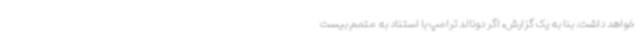
خواهد داشت. بنا به یک گزارش، اگر دونالد ترامپ با استناد به متمم بیست